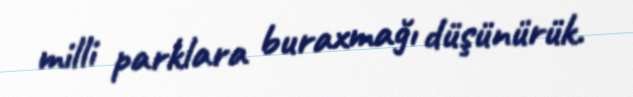
milli parklara buraxmağı düşünürük.